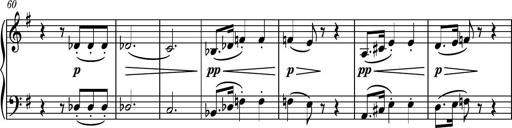
Title: Piano Sonatina No.7
Composer: Dimitri Sykias
Key: G major